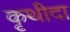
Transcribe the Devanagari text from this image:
कृथीदा